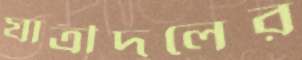
যাত্রীদলের